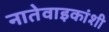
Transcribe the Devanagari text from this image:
नातेवाइकांशी